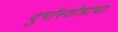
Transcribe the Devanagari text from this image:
दुर्गास्तोत्राचा